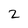
Character: 2